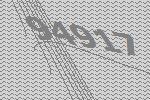
94917